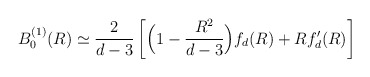
\begin{align*}B_0^{(1)}(R) \simeq \frac{2}{d-3}\left[ \Big(1 -\frac{R^2}{d-3} \Big) f_d(R) + R f_d'(R) \right]\end{align*}